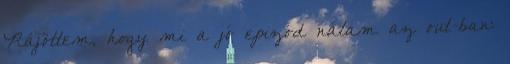
Rájöttem, hogy mi a jó epizód nálam az out-ban: